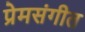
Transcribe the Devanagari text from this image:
प्रेमसंगीत